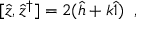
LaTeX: [ \hat { z } , \hat { z } ^ { \dag } ] = 2 ( \hat { h } + k \hat { 1 } ) \; \; ,